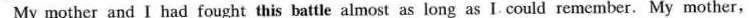
My mother and I had fought this battle almost as long as I. Could remember. My mother,